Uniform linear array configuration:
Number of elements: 4
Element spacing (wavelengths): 0.25
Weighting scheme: binomial
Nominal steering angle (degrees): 15
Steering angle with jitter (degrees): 14.621
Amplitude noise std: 0.05
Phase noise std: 0.05

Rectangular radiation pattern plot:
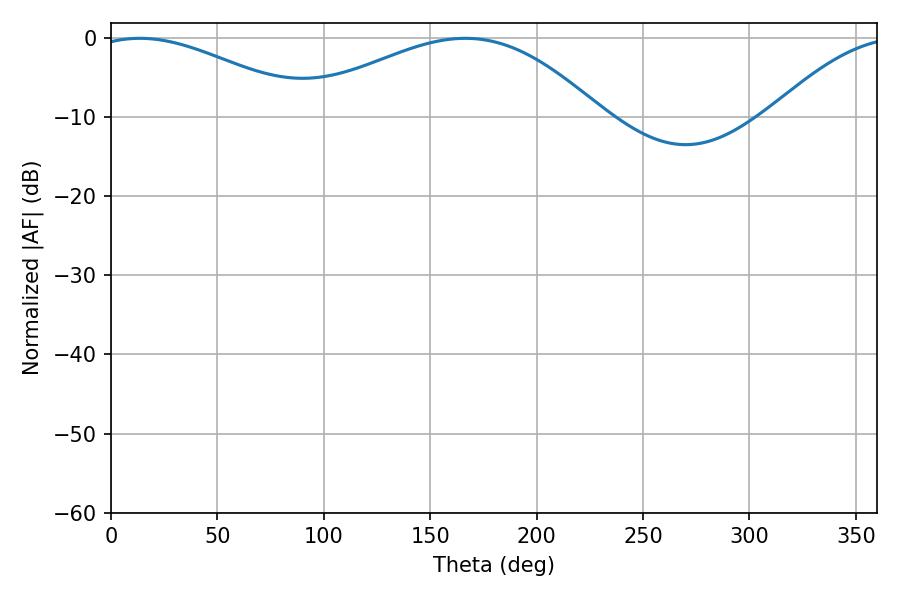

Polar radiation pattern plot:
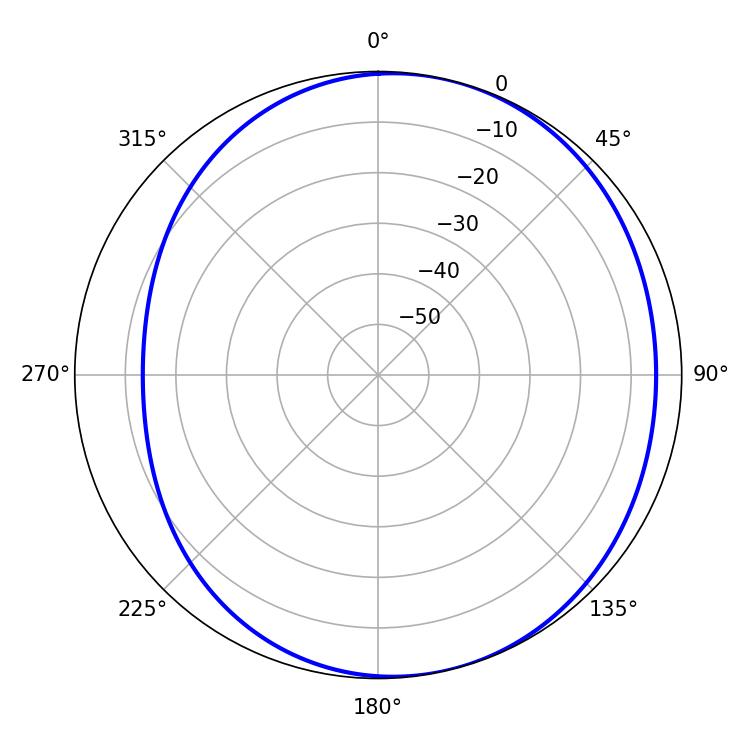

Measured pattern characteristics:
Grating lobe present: FALSE
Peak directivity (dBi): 4.276
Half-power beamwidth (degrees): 56.52
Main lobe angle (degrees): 13.5